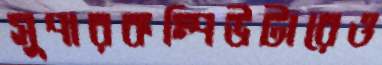
সুপারকম্পিউটারেও